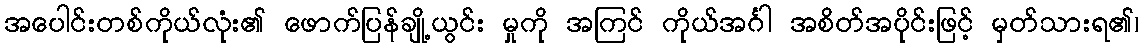
အပေါင်းတစ်ကိုယ်လုံး၏ ဖောက်ပြန်ချို့ယွင်း မှုကို အကြင် ကိုယ်အင်္ဂါ အစိတ်အပိုင်းဖြင့် မှတ်သားရ၏၊